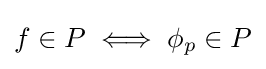
f\in P\iff \phi _{p}\in P